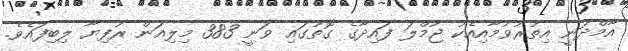
އާމްދަނީ އިތުރުވުމާއިއެކު ޖުމްލަ ފައިދާގެ ގޮތުގައި ވަނީ 383 މިލިއަން ރުފިޔާ ލިބިފައެވެ.